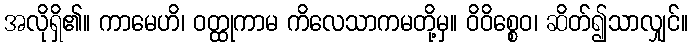
အလိုရှိ၏။ ကာမေဟိ၊ ဝတ္ထုကာမ ကိလေသာကမတို့မှ။ ဝိဝိစ္စေဝ၊ ဆိတ်၍သာလျှင်။